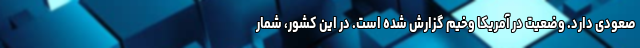
صعودی دارد. وضعیت در آمریکا وخیم گزارش شده است. در این کشور، شمار